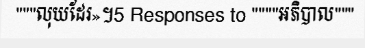
"""លុយដែរ»។5 Responses to """"អភិបាល"""